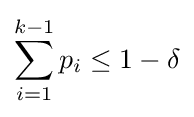
\sum _{i=1}^{k-1}p_{i}\leq 1-\delta